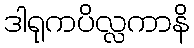
ဒါရုကပိလ္လကာနိ